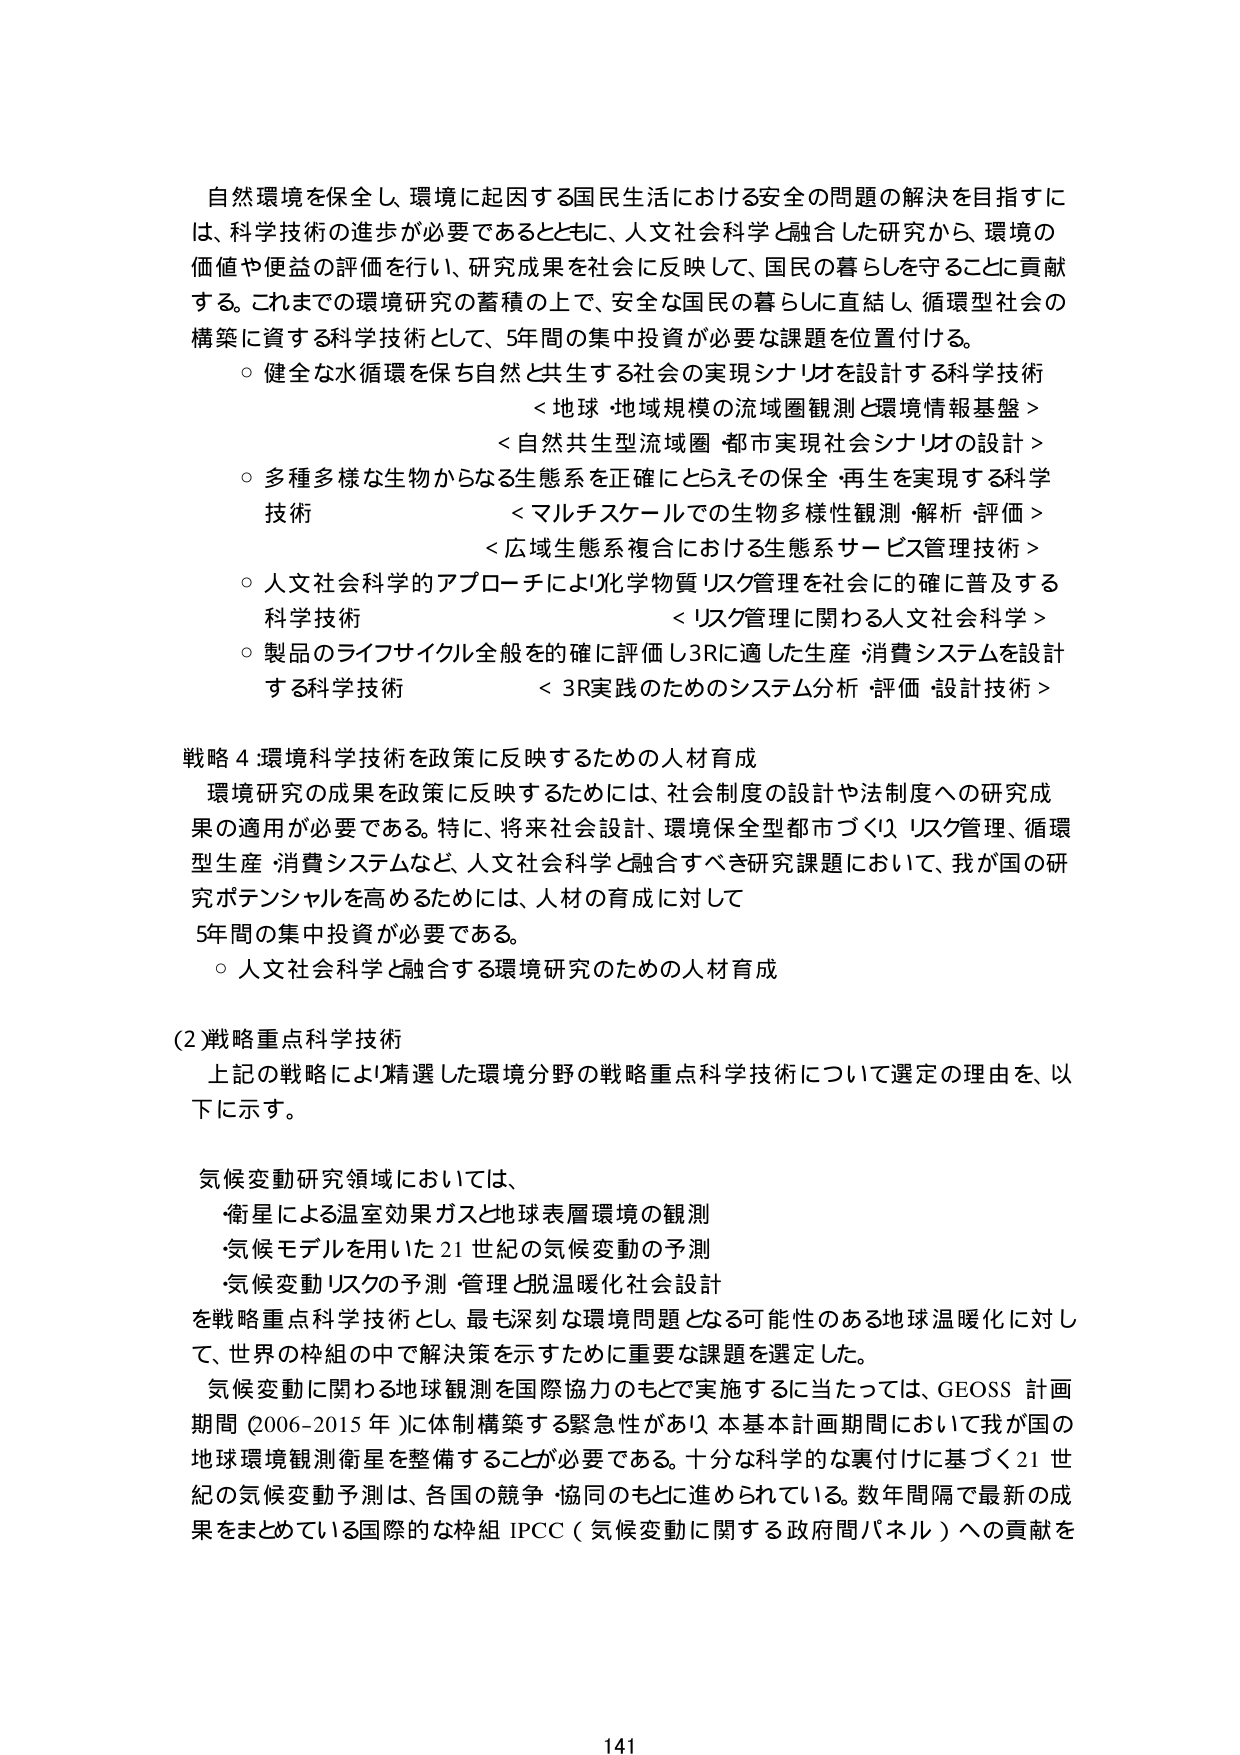
自然環境を保全し、環境に起因する国民生活における安全の問題の解決を目指すには、科学技術の進歩が必要であるとともに、人文社会科学と融合した研究から、環境の価値や便益の評価を行い、研究成果を社会に反映して、国民の暮らしを守ることに貢献する。これまでの環境研究の蓄積の上で、安全な国民の暮らしに直結し、循環型社会の構築に資する科学技術として、5年間の集中投資が必要な課題を位置付ける。

○ 健全な水循環を保ち自然と共生する社会の実現シナリオを設計する科学技術
　＜地球・地域規模の流域圏観測と環境情報基盤＞
　＜自然共生型流域圏・都市実現社会シナリオの設計＞

○ 多種多様な生物からなる生態系を正確にとらえその保全・再生を実現する科学技術
　＜マルチスケールでの生物多様性観測・解析・評価＞
　＜広域生態系複合における生態系サービス管理技術＞

○ 人文社会科学的アプローチにより化学物質リスク管理を社会に的確に普及する科学技術
　＜リスク管理に関わる人文社会科学＞

○ 製品のライフサイクル全般を的確に評価し3Rに適した生産・消費システムを設計する科学技術
　＜3R実践のためのシステム分析・評価・設計技術＞

戦略4 環境科学技術を政策に反映するための人材育成
環境研究の成果を政策に反映するためには、社会制度の設計や法制度への研究成果の適用が必要である。特に、将来社会設計、環境保全型都市づくり、リスク管理、循環型生産・消費システムなど、人文社会科学と融合すべき研究課題において、我が国の研究ポテンシャルを高めるためには、人材の育成に対して
5年間の集中投資が必要である。

○ 人文社会科学と融合する環境研究のための人材育成

(2) 戦略重点科学技術
上記の戦略により精選した環境分野の戦略重点科学技術について選定の理由を、以下に示す。

気候変動研究領域においては、
・衛星による温室効果ガスと地球表層環境の観測
・気候モデルを用いた21世紀の気候変動の予測
・気候変動リスクの予測・管理と脱温暖化社会設計
を戦略重点科学技術とし、最も深刻な環境問題となる可能性のある地球温暖化に対して、世界の枠組の中で解決策を示すために重要な課題を選定した。

気候変動に関わる地球観測を国際協力のもとで実施するに当たっては、GEOSS計画期間（2006-2015年）に体制構築する緊急性があり、本基本計画期間において我が国の地球環境観測衛星を整備することが必要である。十分な科学的な裏付けに基づく21世紀の気候変動予測は、各国の競争・協同のもとに進められている。数年間隔で最新の成果をまとめている国際的な枠組IPCC（気候変動に関する政府間パネル）への貢献を

141